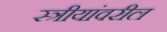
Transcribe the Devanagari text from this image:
स्त्रीयांवरील